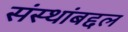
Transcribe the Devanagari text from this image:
संस्थांबद्दल